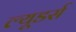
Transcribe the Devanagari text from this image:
ल्यूडर्स